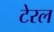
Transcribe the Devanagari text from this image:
टेरल